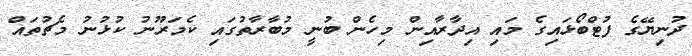
ދުނިޔޭގެ ފުޓްބޯޅައިގެ މައި އިދާރާއިން މިހެން ބުނީ މުބާރާތުގައި ކެމަރޫނު ކުޅުނު މެޗުތައް